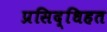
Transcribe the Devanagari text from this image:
प्रसिद्धिहत